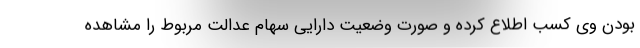
بودن وی کسب اطلاع کرده و صورت وضعیت دارایی سهام عدالت مربوط را مشاهده